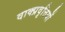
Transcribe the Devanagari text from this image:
वाक्प्रवृत्तियों